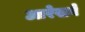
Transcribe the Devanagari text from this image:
आरेखने